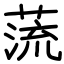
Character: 蓅